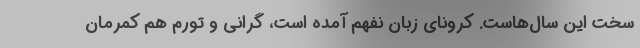
سخت این سال‌هاست. کرونای زبان نفهم آمده است، گرانی و تورم هم کمرمان